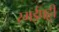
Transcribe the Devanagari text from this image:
रमईपट्टी